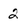
Character: 2